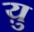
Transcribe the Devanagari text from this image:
य़ु